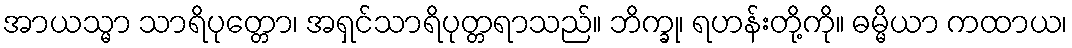
အာယသ္မာ သာရိပုတ္တော၊ အရှင်သာရိပုတ္တရာသည်။ ဘိက္ခု၊ ရဟန်းတို့ကို။ ဓမ္မိယာ ကထာယ၊